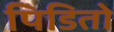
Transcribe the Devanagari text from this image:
पिडितो